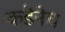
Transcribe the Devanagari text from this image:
कडेनेच